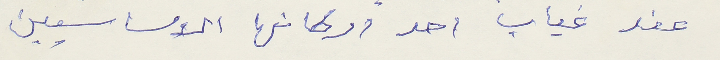
عند غياب احد اركانها الاساسيين